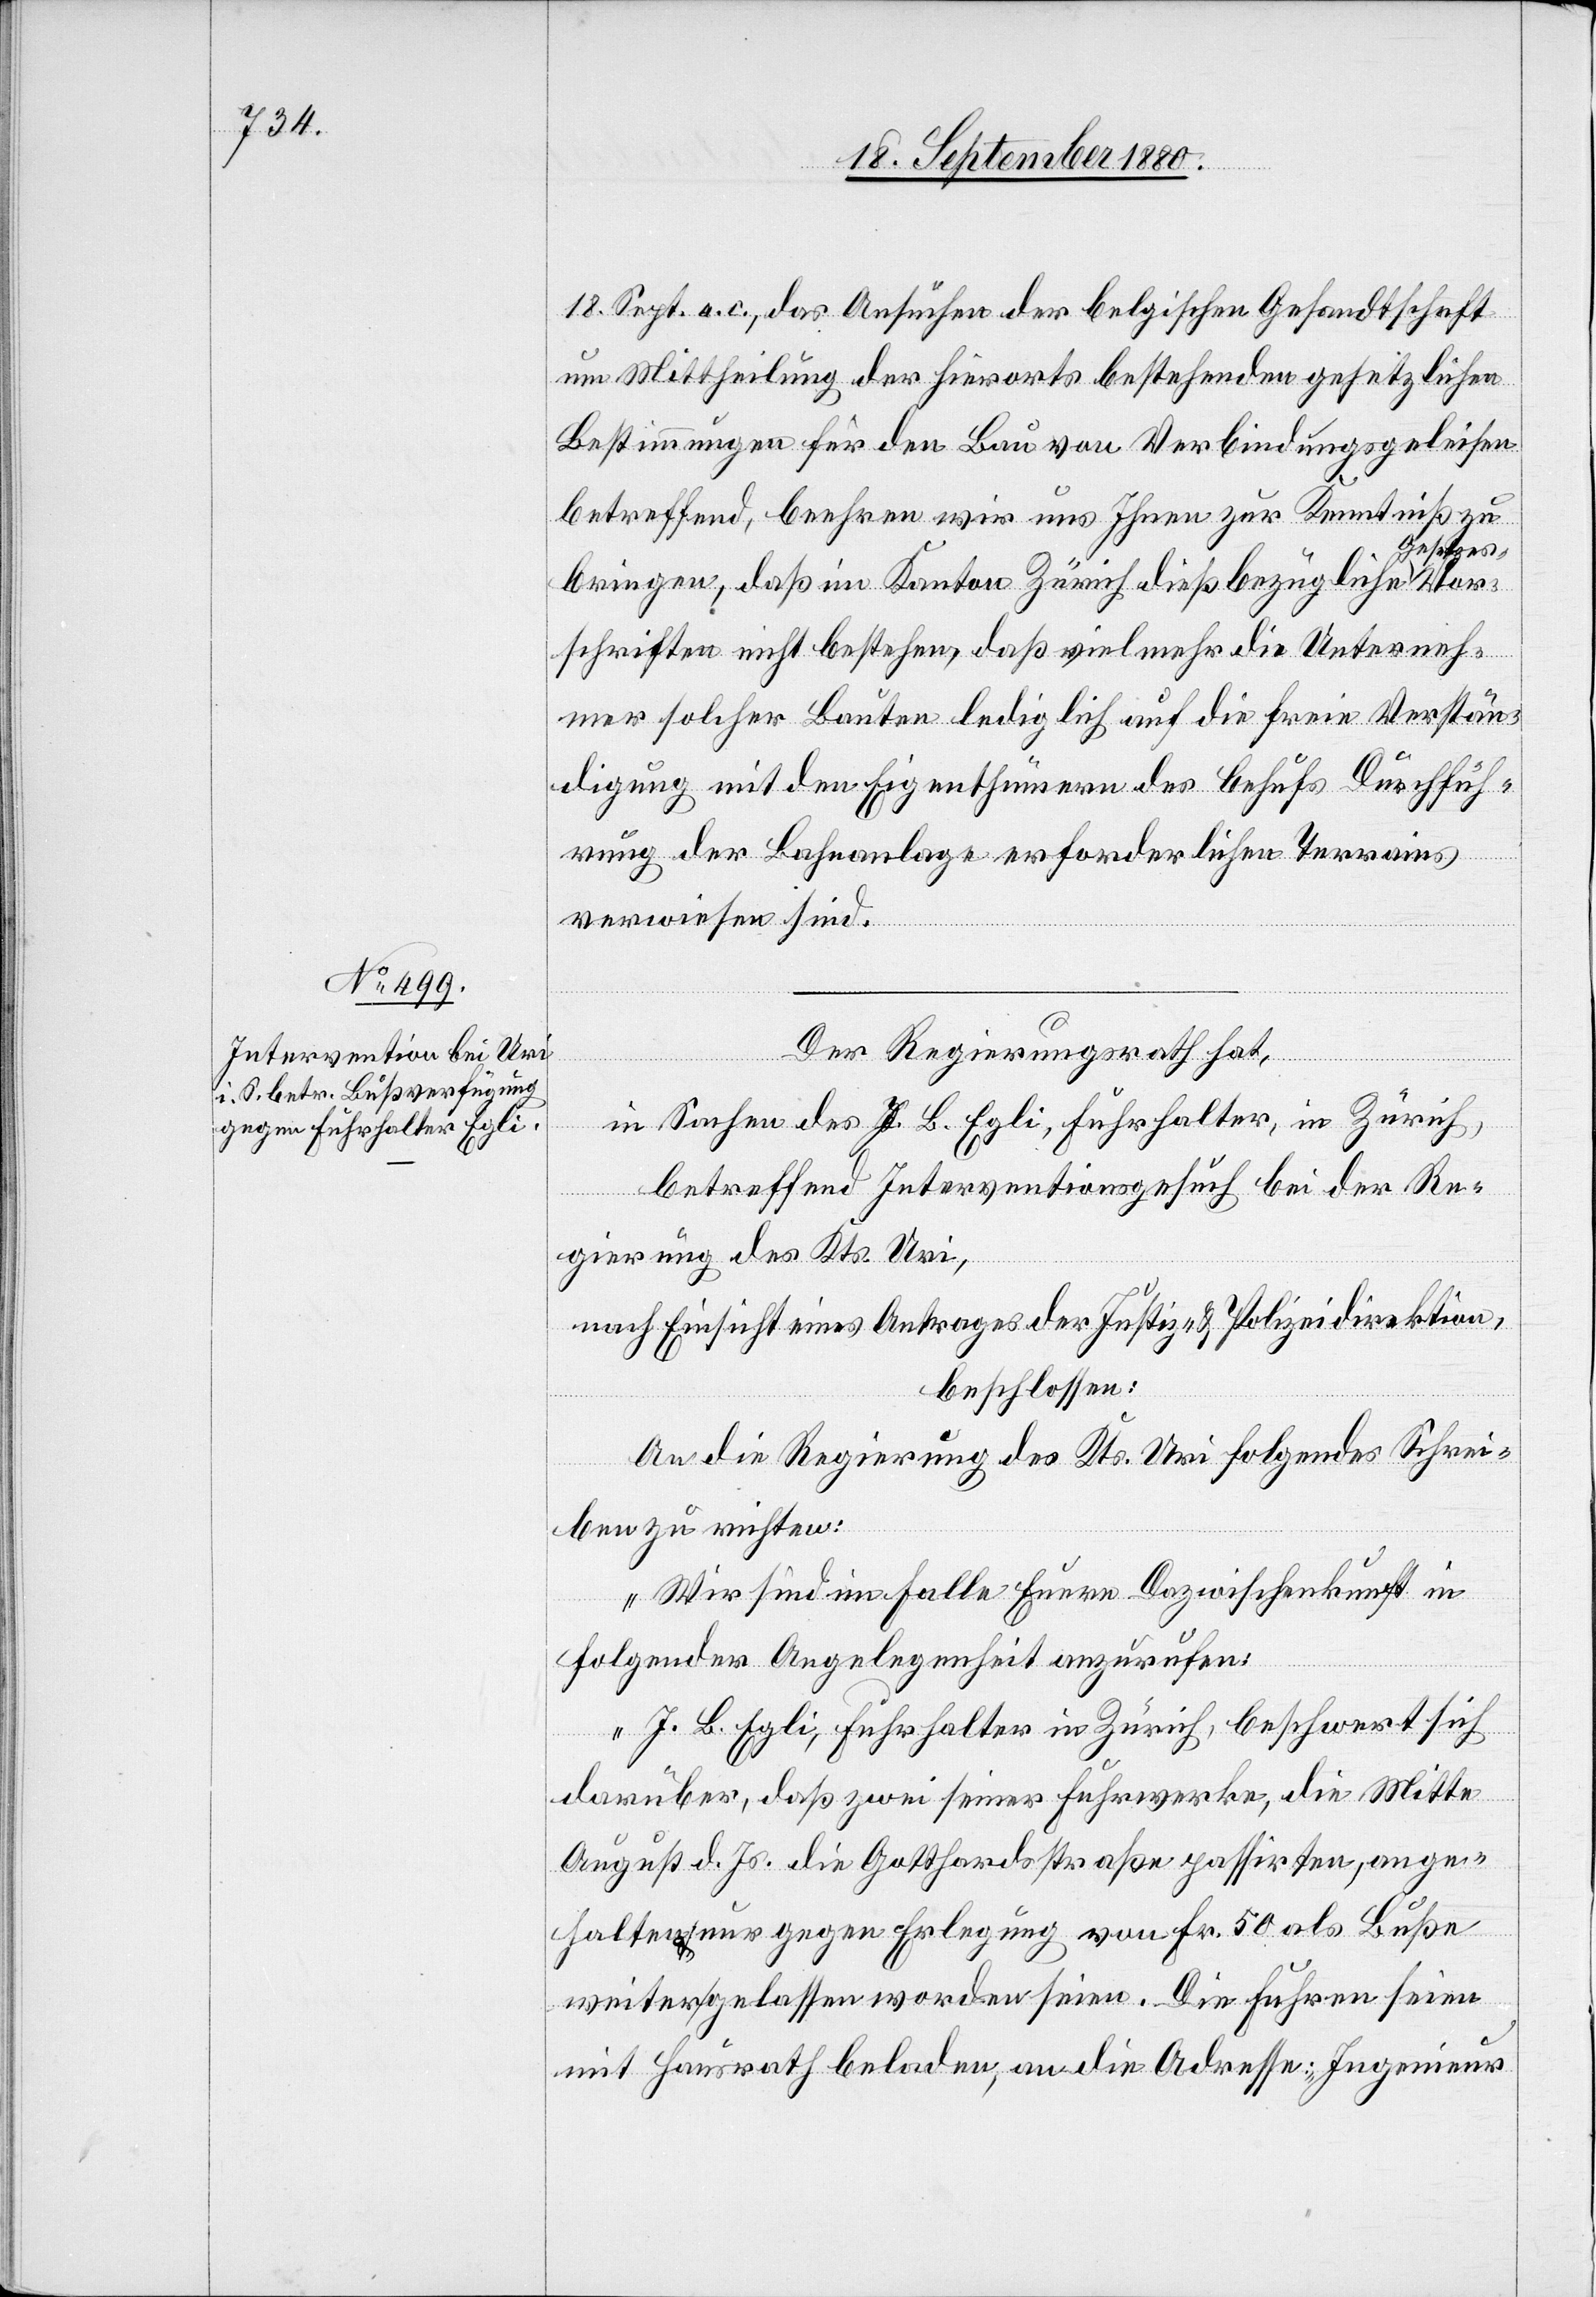
18. Sept. a. c., das Ansuchen der belgischen Gesandtschaft
um Mittheilung der hierorts bestehenden gesetzlichen
Bestimmungen für den Bau von Verbindungsgeleisen
betreffend, beehren wir uns Ihnen zur Kenntniß zu
esetzes-V¬
bringen, daß im Kanton Zürich dießbezügliche G¬
schriften nicht bestehen, daß vielmehr die Unterneh¬
mer solcher Bauten lediglich auf die freie Verstän¬
digung mit den Eigenthümern des behufs Durchfüh¬
rung der Bahnanlage erforderlichen Terrains
verwiesen sind.“
Der Regierungsrath hat,
in Sachen des J. B. Egli, Fuhrhalter, in Zürich,
betreffend Interventionsgesuch bei der Re¬
or¬
gierung des Kts. Uri,
nach Einsicht eines Antrags der Justiz- & Polizeidirektion,
beschlossen:
An die Regierung des Kts. Uri folgendes Schrei¬
ben zu richten:
„Wir sind im Falle Eure Dazwischenkunft in
folgender Angelegenheit anzurufen:
J. B. Egli, Fuhrhalter in Zürich, beschwert sich
darüber, daß zwei seiner Fuhrwerke, die Mitte
August d. Js. die Gotthardstraße passirten, ange¬
halten & nur gegen Erlegung von Fr. 50 als Buße
weiter gelassen worden seien. Die Fuhren seien
mit Hausrath beladen, an die Adresse: „Ingenieur